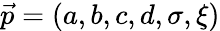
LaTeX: \vec{p}=(a,b,c,d,\sigma,\xi)